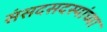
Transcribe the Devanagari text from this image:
संसदसदस्यांच्या